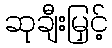
ဆုချီးမြှင့်